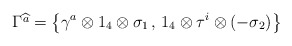
\begin{align*}\Gamma \widehat{^{a}}=\left\{ \gamma ^{a}\otimes 1_{4}\otimes \sigma _{1}\, ,\, 1_{4}\otimes \tau ^{i}\otimes (-\sigma _{2})\right\}\end{align*}